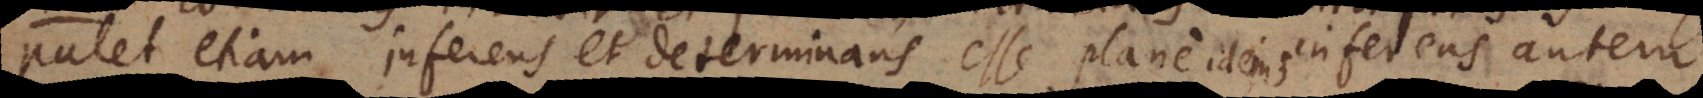
Patet etiam inferens et determinans esse plane idem; inferens autem